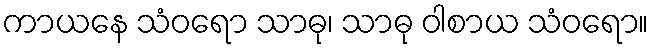
ကာယနေ သံဝရော သာဓု၊ သာဓု ဝါစာယ သံဝရော။